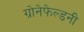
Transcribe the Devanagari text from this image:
ग्रोनेफेल्डनी